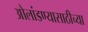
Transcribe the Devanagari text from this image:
ओलांडण्यासाठीच्या